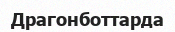
Драгонботтарда